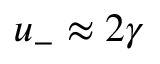
u _ { - } \approx 2 \gamma